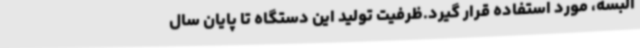
البسه، مورد استفاده قرار گیرد.ظرفیت تولید این دستگاه تا پایان سال